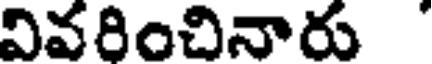
వివరించినారు